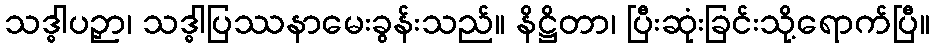
သဒ္ဓါပဉှာ၊ သဒ္ဓါပြဿနာမေးခွန်းသည်။ နိဋ္ဌိတာ၊ ပြီးဆုံးခြင်းသို့ရောက်ပြီ။